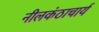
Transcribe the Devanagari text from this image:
नीलकंठाचार्य